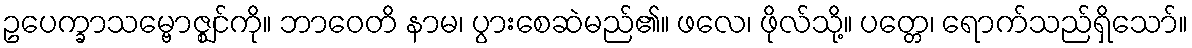
ဥပေက္ခာသမ္ဗောဇ္ဈင်ကို။ ဘာဝေတိ နာမ၊ ပွားစေဆဲမည်၏။ ဖလေ၊ ဖိုလ်သို့။ ပတ္တေ၊ ရောက်သည်ရှိသော်။